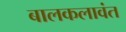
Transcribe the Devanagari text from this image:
बालकलावंत